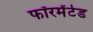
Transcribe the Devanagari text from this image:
फॉरमेंटेड